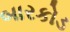
બારકોડ